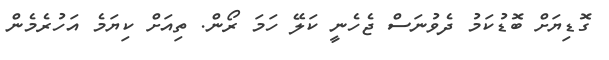
ގޮޑިޔަށް ބޮޑުކަމު ދެވުނަސް ޖެހެނީ ކަލޭ ހަމަ ރޯން. ތިއަށް ކިޔަމެ އަހުރެމެން